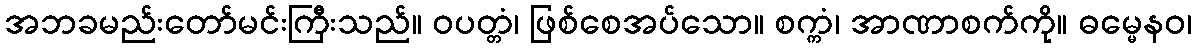
အဘခမည်းတော်မင်းကြီးသည်။ ဝပတ္တံ၊ ဖြစ်စေအပ်သော။ စက္ကံ၊ အာဏာစက်ကို။ ဓမ္မေနဝ၊